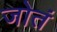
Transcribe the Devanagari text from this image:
जोतं